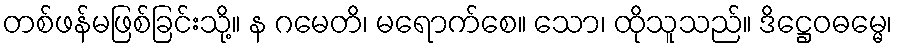
တစ်ဖန်မဖြစ်ခြင်းသို့။ န ဂမေတိ၊ မရောက်စေ။ သော၊ ထိုသူသည်။ ဒိဋ္ဌေဝဓမ္မေ၊